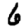
Digit: 6